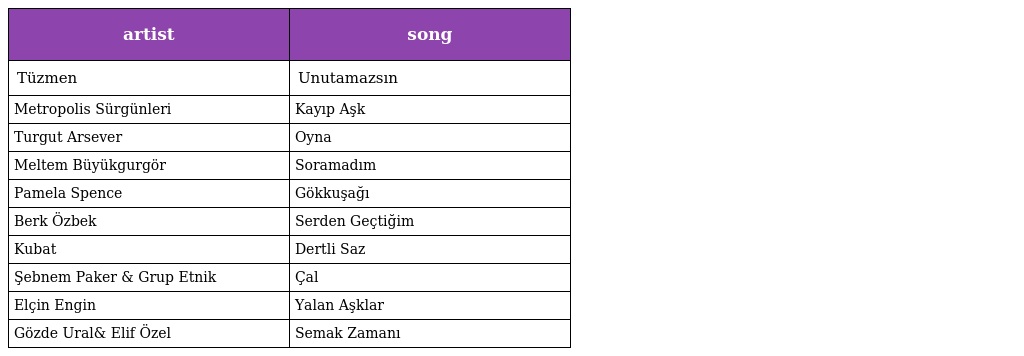
| artist | song |
 | --- | --- |
 | Tüzmen | Unutamazsın |
 | Metropolis Sürgünleri | Kayıp Aşk |
 | Turgut Arsever | Oyna |
 | Meltem Büyükgurgör | Soramadım |
 | Pamela Spence | Gökkuşağı |
 | Berk Özbek | Serden Geçtiğim |
 | Kubat | Dertli Saz |
 | Şebnem Paker & Grup Etnik | Çal |
 | Elçin Engin | Yalan Aşklar |
 | Gözde Ural& Elif Özel | Semak Zamanı |